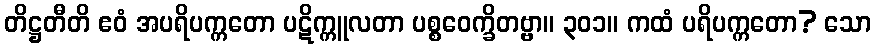
တိဋ္ဌတီတိ ဧဝံ အပရိပက္ကတော ပဋိက္ကူလတာ ပစ္စဝေက္ခိတဗ္ဗာ။ ၃၀၁။ ကထံ ပရိပက္ကတော? သော